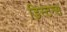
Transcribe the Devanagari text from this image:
डिस्‍टन्स